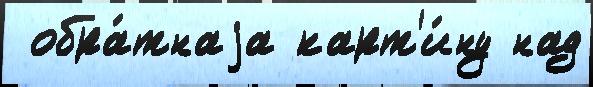
 обра́тнаjа карт'и́ну над